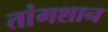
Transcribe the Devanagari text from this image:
तांगशान